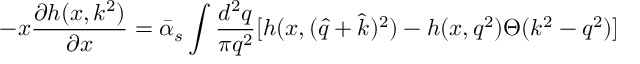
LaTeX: - x { \frac { \partial h ( x , k ^ { 2 } ) } { \partial x } } = \bar { \alpha } _ { s } \int { \frac { d ^ { 2 } q } { \pi q ^ { 2 } } } [ h ( x , ( \hat { q } + \hat { k } ) ^ { 2 } ) - h ( x , q ^ { 2 } ) \Theta ( k ^ { 2 } - q ^ { 2 } ) ]